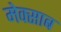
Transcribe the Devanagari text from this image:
मेक्साब